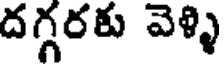
దగ్గరకు వెళ్ళి